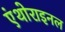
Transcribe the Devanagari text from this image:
एंथोराइनल